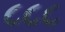
૮૮૮